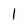
Character: l